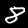
Digit: 8